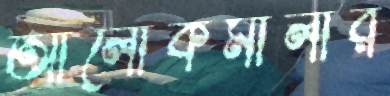
আলোকমালার